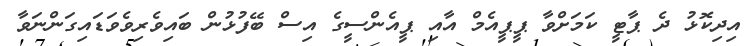
އިދިކޮޅު ދެ ޕާޓީ ކަމަށްވާ ޕީޕީއެމް އާއި ޕީއެންސީގެ އިސް ބޭފުޅުން ބައިވެރިވެވަޑައިގަންނަވާ